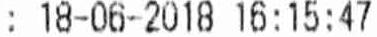
: 18-06-2018 16:15:47